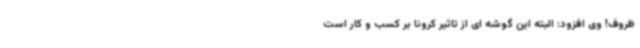
ظروف! وی افزود: البته این گوشه ای از تاثیر کرونا بر کسب و کار است